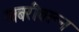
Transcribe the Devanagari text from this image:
खबरीवरून